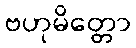
ဗဟုမိတ္တော